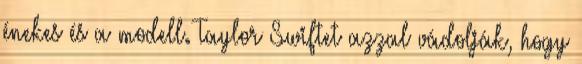
énekes és a modell. Taylor Swiftet azzal vádolják, hogy